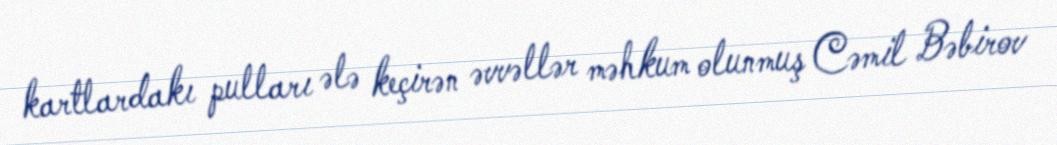
kartlardakı pulları ələ keçirən əvvəllər məhkum olunmuş Cəmil Bəbirov